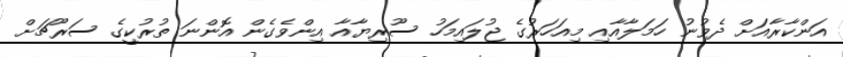
އަންކާރާއަށް ދެވުނު ހަމަލާއާއި މިއަހަރުގެ ޖުލައިމަހު ސޫރިޔާއާ އިންވެގެން އޮންނަ ތުރުކީގެ ސަރޫޗަށް